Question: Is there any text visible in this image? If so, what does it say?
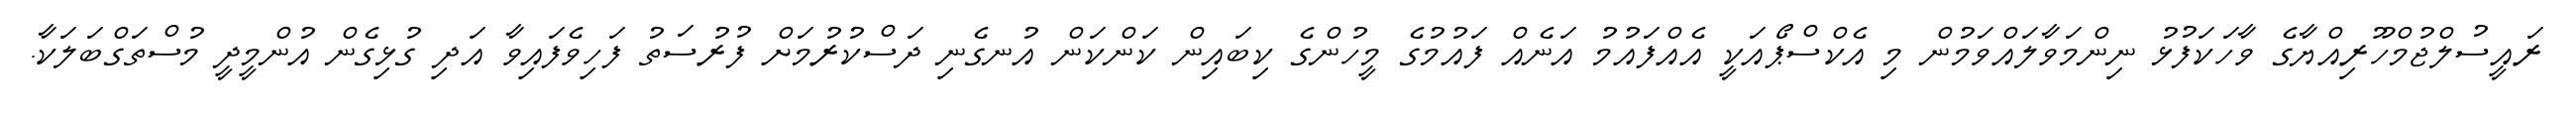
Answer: ރައީސުލްޖުމްހޫރިއްޔާގެ ވާހަކަފުޅު ނިންމަވާލައްވަމުން މި އެކްސްޕޯއަކީ އެއްފައުމު އަނެއް ފައުމުގެ މީހުންގެ ކިބައިން ކަންކަން އުނގެނި ދަސްކުރުމަށް ފުރުސަތު ފަހިވެފައިވާ އަދި ގުޅިގެން އުންމީދީ މުސްތަގްބަލަކާ.